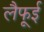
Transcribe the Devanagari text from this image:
लैफूई